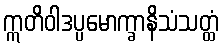
ဣတိဝါဒပ္ပမောက္ခာနိသံသတ္ထံ